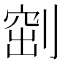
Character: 𠞀